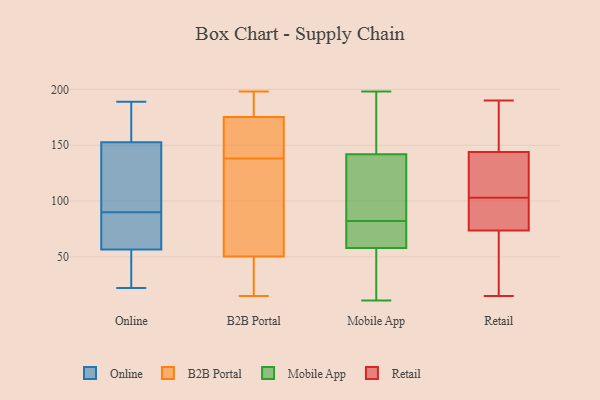
{"axis": {"x": "Gross Profit (USD K)", "y": "Value"}, "legend": ["B2B Portal", "Mobile App", "Online", "Retail"], "data": [{"x": "", "y": 55, "type": "Online"}, {"x": "", "y": 22, "type": "Online"}, {"x": "", "y": 167, "type": "Online"}, {"x": "", "y": 148, "type": "Online"}, {"x": "", "y": 57, "type": "Online"}, {"x": "", "y": 27, "type": "Online"}, {"x": "", "y": 57, "type": "Online"}, {"x": "", "y": 168, "type": "Online"}, {"x": "", "y": 87, "type": "Online"}, {"x": "", "y": 123, "type": "Online"}, {"x": "", "y": 77, "type": "Online"}, {"x": "", "y": 184, "type": "Online"}, {"x": "", "y": 90, "type": "Online"}, {"x": "", "y": 45, "type": "Online"}, {"x": "", "y": 136, "type": "Online"}, {"x": "", "y": 189, "type": "Online"}, {"x": "", "y": 125, "type": "Online"}, {"x": "", "y": 173, "type": "B2B Portal"}, {"x": "", "y": 46, "type": "B2B Portal"}, {"x": "", "y": 154, "type": "B2B Portal"}, {"x": "", "y": 25, "type": "B2B Portal"}, {"x": "", "y": 15, "type": "B2B Portal"}, {"x": "", "y": 138, "type": "B2B Portal"}, {"x": "", "y": 192, "type": "B2B Portal"}, {"x": "", "y": 63, "type": "B2B Portal"}, {"x": "", "y": 109, "type": "B2B Portal"}, {"x": "", "y": 176, "type": "B2B Portal"}, {"x": "", "y": 198, "type": "B2B Portal"}, {"x": "", "y": 105, "type": "Mobile App"}, {"x": "", "y": 44, "type": "Mobile App"}, {"x": "", "y": 198, "type": "Mobile App"}, {"x": "", "y": 142, "type": "Mobile App"}, {"x": "", "y": 73, "type": "Mobile App"}, {"x": "", "y": 194, "type": "Mobile App"}, {"x": "", "y": 67, "type": "Mobile App"}, {"x": "", "y": 149, "type": "Mobile App"}, {"x": "", "y": 11, "type": "Mobile App"}, {"x": "", "y": 61, "type": "Mobile App"}, {"x": "", "y": 58, "type": "Mobile App"}, {"x": "", "y": 198, "type": "Mobile App"}, {"x": "", "y": 119, "type": "Mobile App"}, {"x": "", "y": 33, "type": "Mobile App"}, {"x": "", "y": 58, "type": "Mobile App"}, {"x": "", "y": 113, "type": "Mobile App"}, {"x": "", "y": 22, "type": "Mobile App"}, {"x": "", "y": 91, "type": "Mobile App"}, {"x": "", "y": 166, "type": "Retail"}, {"x": "", "y": 190, "type": "Retail"}, {"x": "", "y": 66, "type": "Retail"}, {"x": "", "y": 83, "type": "Retail"}, {"x": "", "y": 125, "type": "Retail"}, {"x": "", "y": 81, "type": "Retail"}, {"x": "", "y": 15, "type": "Retail"}, {"x": "", "y": 97, "type": "Retail"}, {"x": "", "y": 109, "type": "Retail"}, {"x": "", "y": 163, "type": "Retail"}, {"x": "", "y": 59, "type": "Retail"}, {"x": "", "y": 125, "type": "Retail"}]}